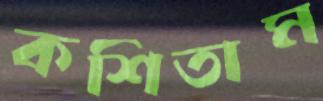
কশিতাম